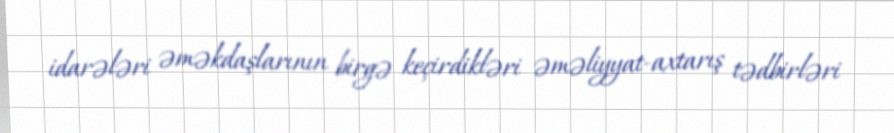
idarələri əməkdaşlarının birgə keçirdikləri əməliyyat-axtarış tədbirləri